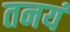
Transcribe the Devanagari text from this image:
तनयं